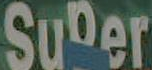
Super